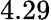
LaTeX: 4.29